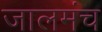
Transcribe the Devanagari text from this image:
जालमंच